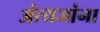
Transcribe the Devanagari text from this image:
अंत्यजांना